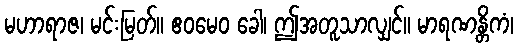
မဟာရာဇ၊ မင်းမြတ်။ ဧဝမေဝ ခေါ၊ ဤအတူသာလျှင်။ မာရဏန္တိကံ၊